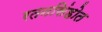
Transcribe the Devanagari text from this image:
रतनसिंहोत